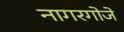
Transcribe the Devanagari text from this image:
नागरगोजे